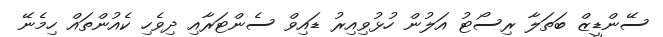
ސޭންޑީޒް ބަތަލާ ރިސޯޓު އަލުން ހުޅުވިއިރު ޑައިވް ސެންޓަރާއި ދިވެހި ކެއުންތައް ހިމެނޭ